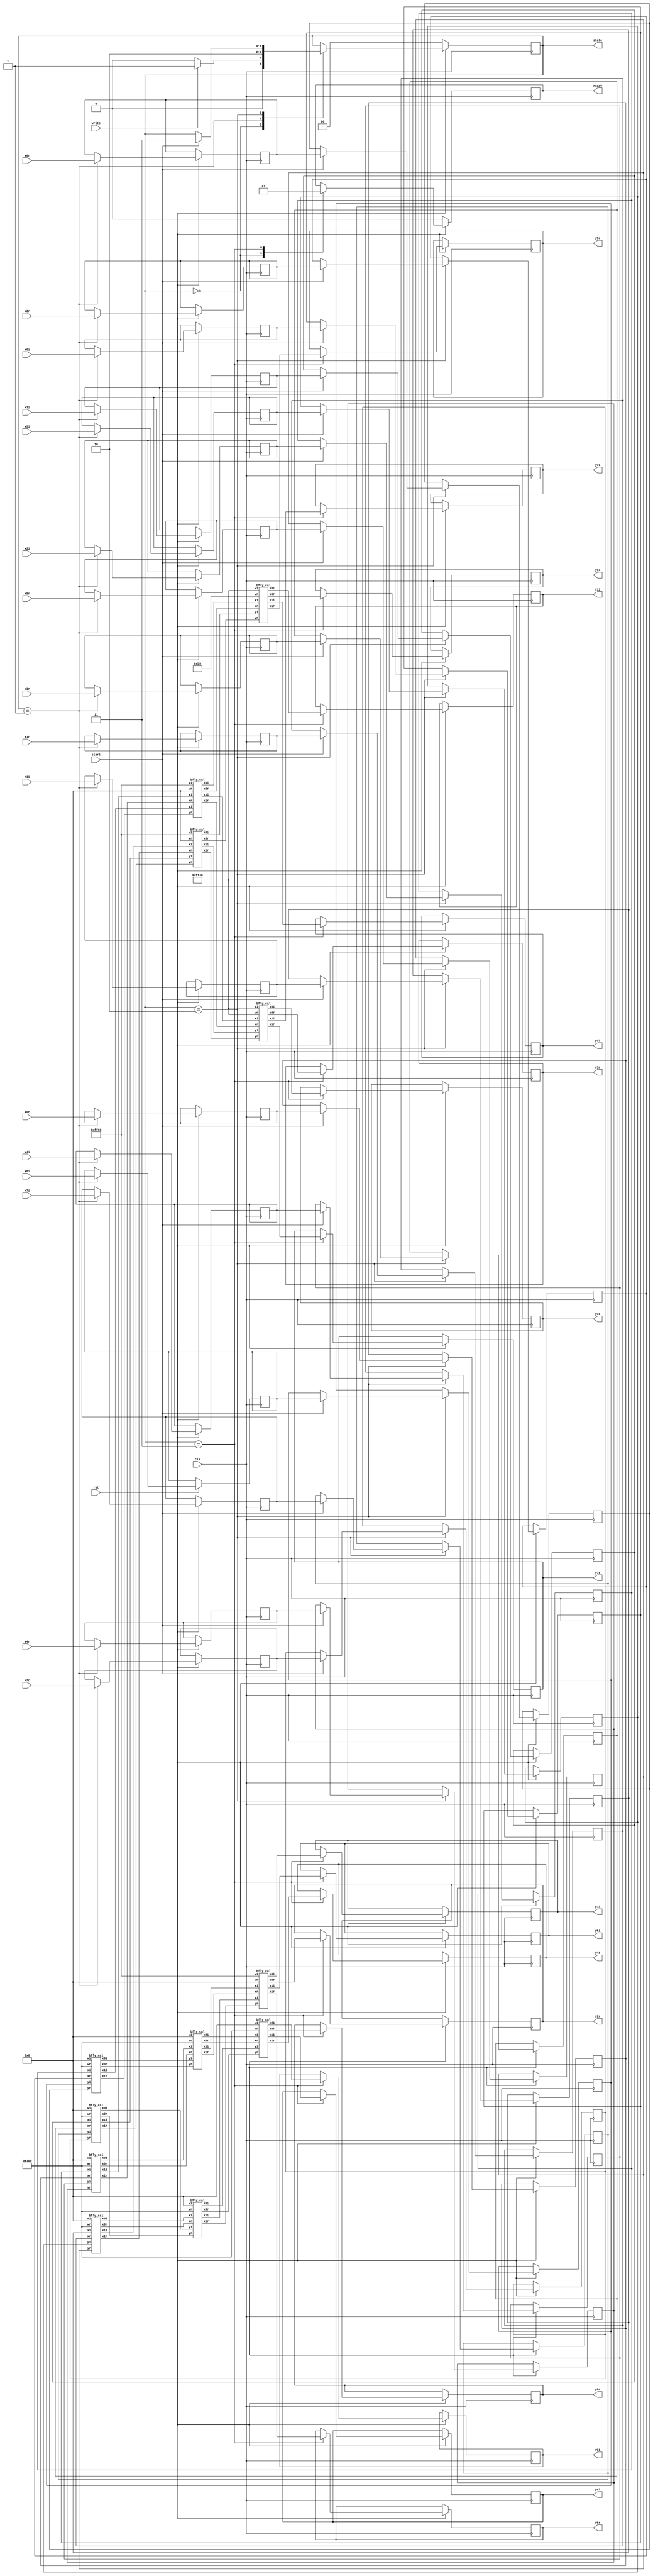
`timescale 1ns / 1ps

module fft8(clk,rst,write,start,ready,state,x0r,x0i,x1r,x1i,x2r,x2i,x3r,x3i,x4r,x4i,x5r,x5i,x6r,x6i,x7r,x7i,y0r,y0i,y1r,y1i,y2r,y2i,y3r,y3i,y4r,y4i,y5r,y5i,y6r,y6i,y7r,y7i);
input clk,rst,write,start;
input [15:0]x0r,x0i,x1r,x1i,x2r,x2i,x3r,x3i,x4r,x4i,x5r,x5i,x6r,x6i,x7r,x7i;
output reg [15:0] y0r,y0i,y1r,y1i,y2r,y2i,y3r,y3i,y4r,y4i,y5r,y5i,y6r,y6i,y7r,y7i;
output reg ready;
output reg [1:0]state;

wire [15:0] y0r_t,y0i_t,y1r_t,y1i_t,y2r_t,y2i_t,y3r_t,y3i_t,y4r_t,y4i_t,y5r_t,y5i_t,y6r_t,y6i_t,y7r_t,y7i_t;
wire [15:0] x20r,x20i,x21r,x21i,x22r,x22i,x23r,x23i,x24r,x24i,x25r,x25i,x26r,x26i,x27r,x27i;
wire [15:0] x10r,x10i,x11r,x11i,x12r,x12i,x13r,x13i,x14r,x14i,x15r,x15i,x16r,x16i,x17r,x17i;
reg[15:0] x0r_temp,x0i_temp,x1r_temp,x1i_temp,x2r_temp,x2i_temp,x3r_temp,x3i_temp,x4r_temp,x4i_temp,x5r_temp,x5i_temp,x6r_temp,x6i_temp,x7r_temp,x7i_temp;
reg[15:0] x0r_t,x0i_t,x1r_t,x1i_t,x2r_t,x2i_t,x3r_t,x3i_t,x4r_t,x4i_t,x5r_t,x5i_t,x6r_t,x6i_t,x7r_t,x7i_t;

//Define Twiddle Factors
parameter w0r=16'b1_00000000;
parameter w0i=16'b0_00000000;
parameter w1r=16'b00000000_10110101;//0.707=0.10110101
parameter w1i=16'b11111111_01001011;//-0.707=1.01001011
parameter w2r=16'b00000000_00000000;
parameter w2i=16'b11111111_00000000;//-1
parameter w3r=16'b11111111_01001011;//-0.707=1.01001011
parameter w3i=16'b11111111_01001011;//-0.707=1.01001011

always @(posedge clk) begin
		if (~rst) begin
		    //If Reset Signal is Low then output=0
		    state<=2'b00;
			ready <= 1'b0;
		end
		else begin
		  case(state)
		      2'b00 : if(write) begin
		                  state<=2'b01;
		                  ready<=1'b0;
		              end
		              else begin 
		                   state<=2'b00;
		                   ready<=1'b0;
		              end
		      2'b01: begin
		      //Storing input values into temporary variables 
					x0r_temp<=x0r;
                    x0i_temp<=x0i;
                    x1r_temp<=x1r;
                    x1i_temp<=x1i;
                    x2r_temp<=x2r;
                    x2i_temp<=x2i;
                    x3r_temp<=x3r;
                    x3i_temp<=x3i;
                    x4r_temp<=x4r;
                    x4i_temp<=x4i;
                    x5r_temp<=x5r;
                    x5i_temp<=x5i;
                    x6r_temp<=x6r;
                    x6i_temp<=x6i;
                    x7r_temp<=x7r;
                    x7i_temp<=x7i;
                    state<=2'b10;
		             end
		     2'b10: begin
		              if(start) begin
		              x0r_t<=x0r_temp;
                      x0i_t<=x0i_temp;
                      x1r_t<=x1r_temp;
                      x1i_t<=x1i_temp;
                      x2r_t<=x2r_temp;
                      x2i_t<=x2i_temp;
                      x3r_t<=x3r_temp;
                      x3i_t<=x3i_temp;
                      x4r_t<=x4r_temp;
                      x4i_t<=x4i_temp;
                      x5r_t<=x5r_temp;
                      x5i_t<=x5i_temp;
                      x6r_t<=x6r_temp;
                      x6i_t<=x6i_temp;
                      x7r_t<=x7r_temp;
                      x7i_t<=x7i_temp;
                      state<=2'b11;
		              end
		            end
		     2'b11: begin 
		      //assigning outputs to registers
                        y0r<=y0r_t;
                        y0i<=y0i_t;
                        y1r<=y1r_t;
                        y1i<=y1i_t;
                        y2r<=y2r_t;
                        y2i<=y2i_t;
                        y3r<=y3r_t;
                        y3i<=y3i_t;
                        y4r<=y4r_t;
                        y4i<=y4i_t;
                        y5r<=y5r_t;
                        y5i<=y5i_t;
                        y6r<=y6r_t;
                        y6i<=y6i_t;
                        y7r<=y7r_t;
                        y7i<=y7i_t;
		              ready<=1'b1;
		            end
		        default : state<=2'b00;
		  endcase
	
		end
	end

//Butterfly Stage1
bfly_cal s11(x0r_t,x0i_t,x4r_t,x4i_t,w0r,w0i,x10r,x10i,x11r,x11i);
bfly_cal s12(x2r_t,x2i_t,x6r_t,x6i_t,w0r,w0i,x12r,x12i,x13r,x13i);
bfly_cal s13(x1r_t,x1i_t,x5r_t,x5i_t,w0r,w0i,x14r,x14i,x15r,x15i);
bfly_cal s14(x3r_t,x3i_t,x7r_t,x7i_t,w0r,w0i,x16r,x16i,x17r,x17i);
//Butterfly Stage2
bfly_cal s21(x10r,x10i,x12r,x12i,w0r,w0i,x20r,x20i,x22r,x22i);
bfly_cal s22(x11r,x11i,x13r,x13i,w2r,w2i,x21r,x21i,x23r,x23i);
bfly_cal s23(x14r,x14i,x16r,x16i,w0r,w0i,x24r,x24i,x26r,x26i);
bfly_cal s24(x15r,x15i,x17r,x17i,w2r,w2i,x25r,x25i,x27r,x27i);
//Butterfly Stage3
bfly_cal s31(x20r,x20i,x24r,x24i,w0r,w0i,y0r_t,y0i_t,y4r_t,y4i_t);
bfly_cal s32(x21r,x21i,x25r,x25i,w1r,w1i,y1r_t,y1i_t,y5r_t,y5i_t);
bfly_cal s33(x22r,x22i,x26r,x26i,w2r,w2i,y2r_t,y2i_t,y6r_t,y6i_t);
bfly_cal s34(x23r,x23i,x27r,x27i,w3r,w3i,y3r_t,y3i_t,y7r_t,y7i_t);

endmodule

//Butterfly Calculations 
module bfly_cal(xr,xi,yr,yi,wr,wi,x0r,x0i,x1r,x1i);
input signed [15:0]xr,xi,yr,yi;
input signed [15:0]wr,wi;
output [15:0]x0r,x0i,x1r,x1i;
wire [31:0]p1,p2,p3,p4;
// (yr+jyi)*(wr+jwi)
assign p1=wr*yr;
assign p2=wi*yr;
assign p3=wr*yi;
assign p4=wi*yi;
assign x0r=xr+p1[23:8]-p4[23:8];
assign x0i=xi+p2[23:8]+p3[23:8];
assign x1r=xr-p1[23:8]+p4[23:8];
assign x1i=xi-p2[23:8]-p3[23:8];
endmodule